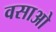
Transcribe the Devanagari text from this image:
वसाओ